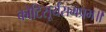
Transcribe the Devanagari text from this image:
कोटिसूर्यसमप्रभ॥